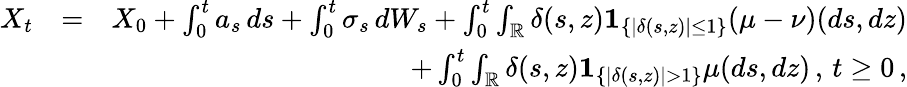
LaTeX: \begin{array}{rlr}{X_{t}}&{=}&{X_{0}+\int_{0}^{t}a_{s}\, ds+\int_{0}^{t}\sigma_{s}\, dW_{s}+\int_{0}^{t}\int_{\mathbb{R}}\delta(s,z)\mathbf{1}_{\{ |\delta(s,z)|\leq 1\} }(\mu-\nu)(ds,dz)}\\ &{}&{+\int_{0}^{t}\int_{\mathbb{R}}\delta(s,z)\mathbf{1}_{\{ |\delta(s,z)|>1\} }\mu(ds,dz)\, ,\, t\ge 0\, ,}\end{array}